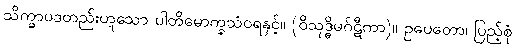
သိက္ခာပဒတည်းဟူသော ပါတိမောက္ခသံဝရနှင့်။ (ဝိသုဒ္ဓိမဂ်ဋီကာ)။ ဥပေတော၊ ပြည့်စုံ